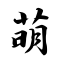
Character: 萌